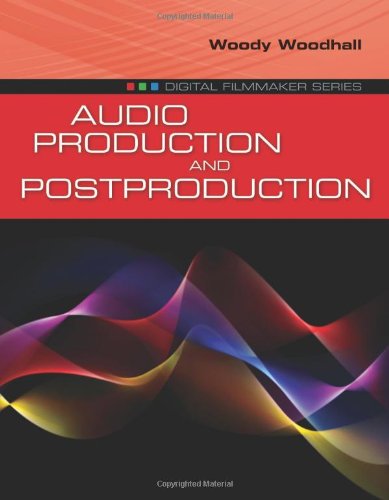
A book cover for Audio Production And Postproduction (Digital Filmmaker); Woody Woodhall; Humor & Entertainment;